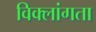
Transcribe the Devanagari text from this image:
विक्लांगता